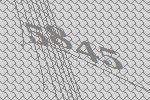
5845